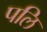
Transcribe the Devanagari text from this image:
पलि